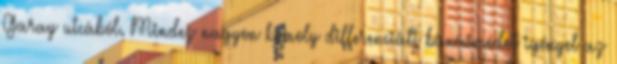
Garay utcából. Mindez nagyon komoly differenciált bánásmódot igényel az